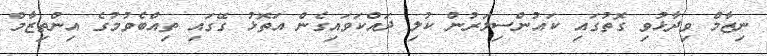
ނިޒާމް ވިދާޅުވި ގޮތުގައި ކައުންސިލަރުން ކުލި ދައްކަވައިގެން އަތޮޅު ގޭގައި ތިއްބެވުމުގެ އިންތިޒާމް